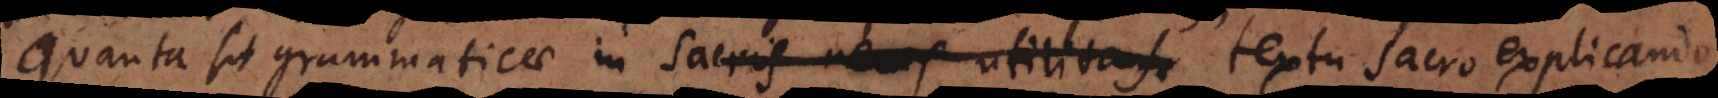
quanta sit Grammaticae in sacris manif utilitas. textu sacro explicando